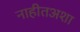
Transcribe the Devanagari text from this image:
नाहीतअशा